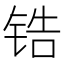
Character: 锆